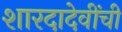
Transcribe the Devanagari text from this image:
शारदादेवींची